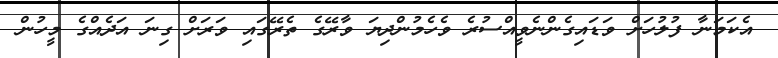
އެކަމަނާ ފުލުހަށް ވަޑައިގެންނެވީއްސުރެ ވެހެމުންދިޔަ ވާރޭގެ ތެރޭގައި ވަރަށް ގިނަ އަދެއްގެ މީހުން